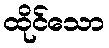
ထိုင်သော